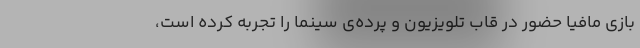
بازی مافیا حضور در قاب تلویزیون و پرده‌ی سینما را تجربه کرده است،